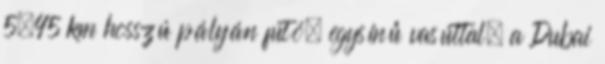
5,45 km hosszú pályán futó, egysínű vasúttal, a Dubai